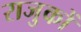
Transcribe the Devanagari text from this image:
राजुकों